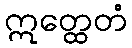
ဣတ္ထေတံ